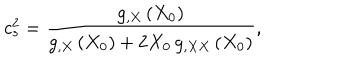
c _ { s } ^ { 2 } = \frac { g _ { , X } \left( X _ { 0 } \right) } { g _ { , X } \left( X _ { 0 } \right) + 2 X _ { 0 } \, g _ { , X X } \left( X _ { 0 } \right) } ,